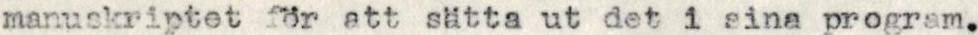
manuskriptet för att sätta ut det i sina program.